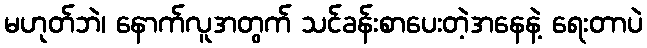
မဟုတ်ဘဲ၊ နောက်လူအတွက် သင်ခန်းစာပေးတဲ့အနေနဲ့ ရေးတာပဲ